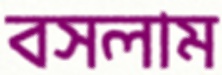
বসলাম